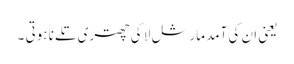
یعنی ان کی آمد مارشل لا کی چھتری تلے نا ہوتی ۔